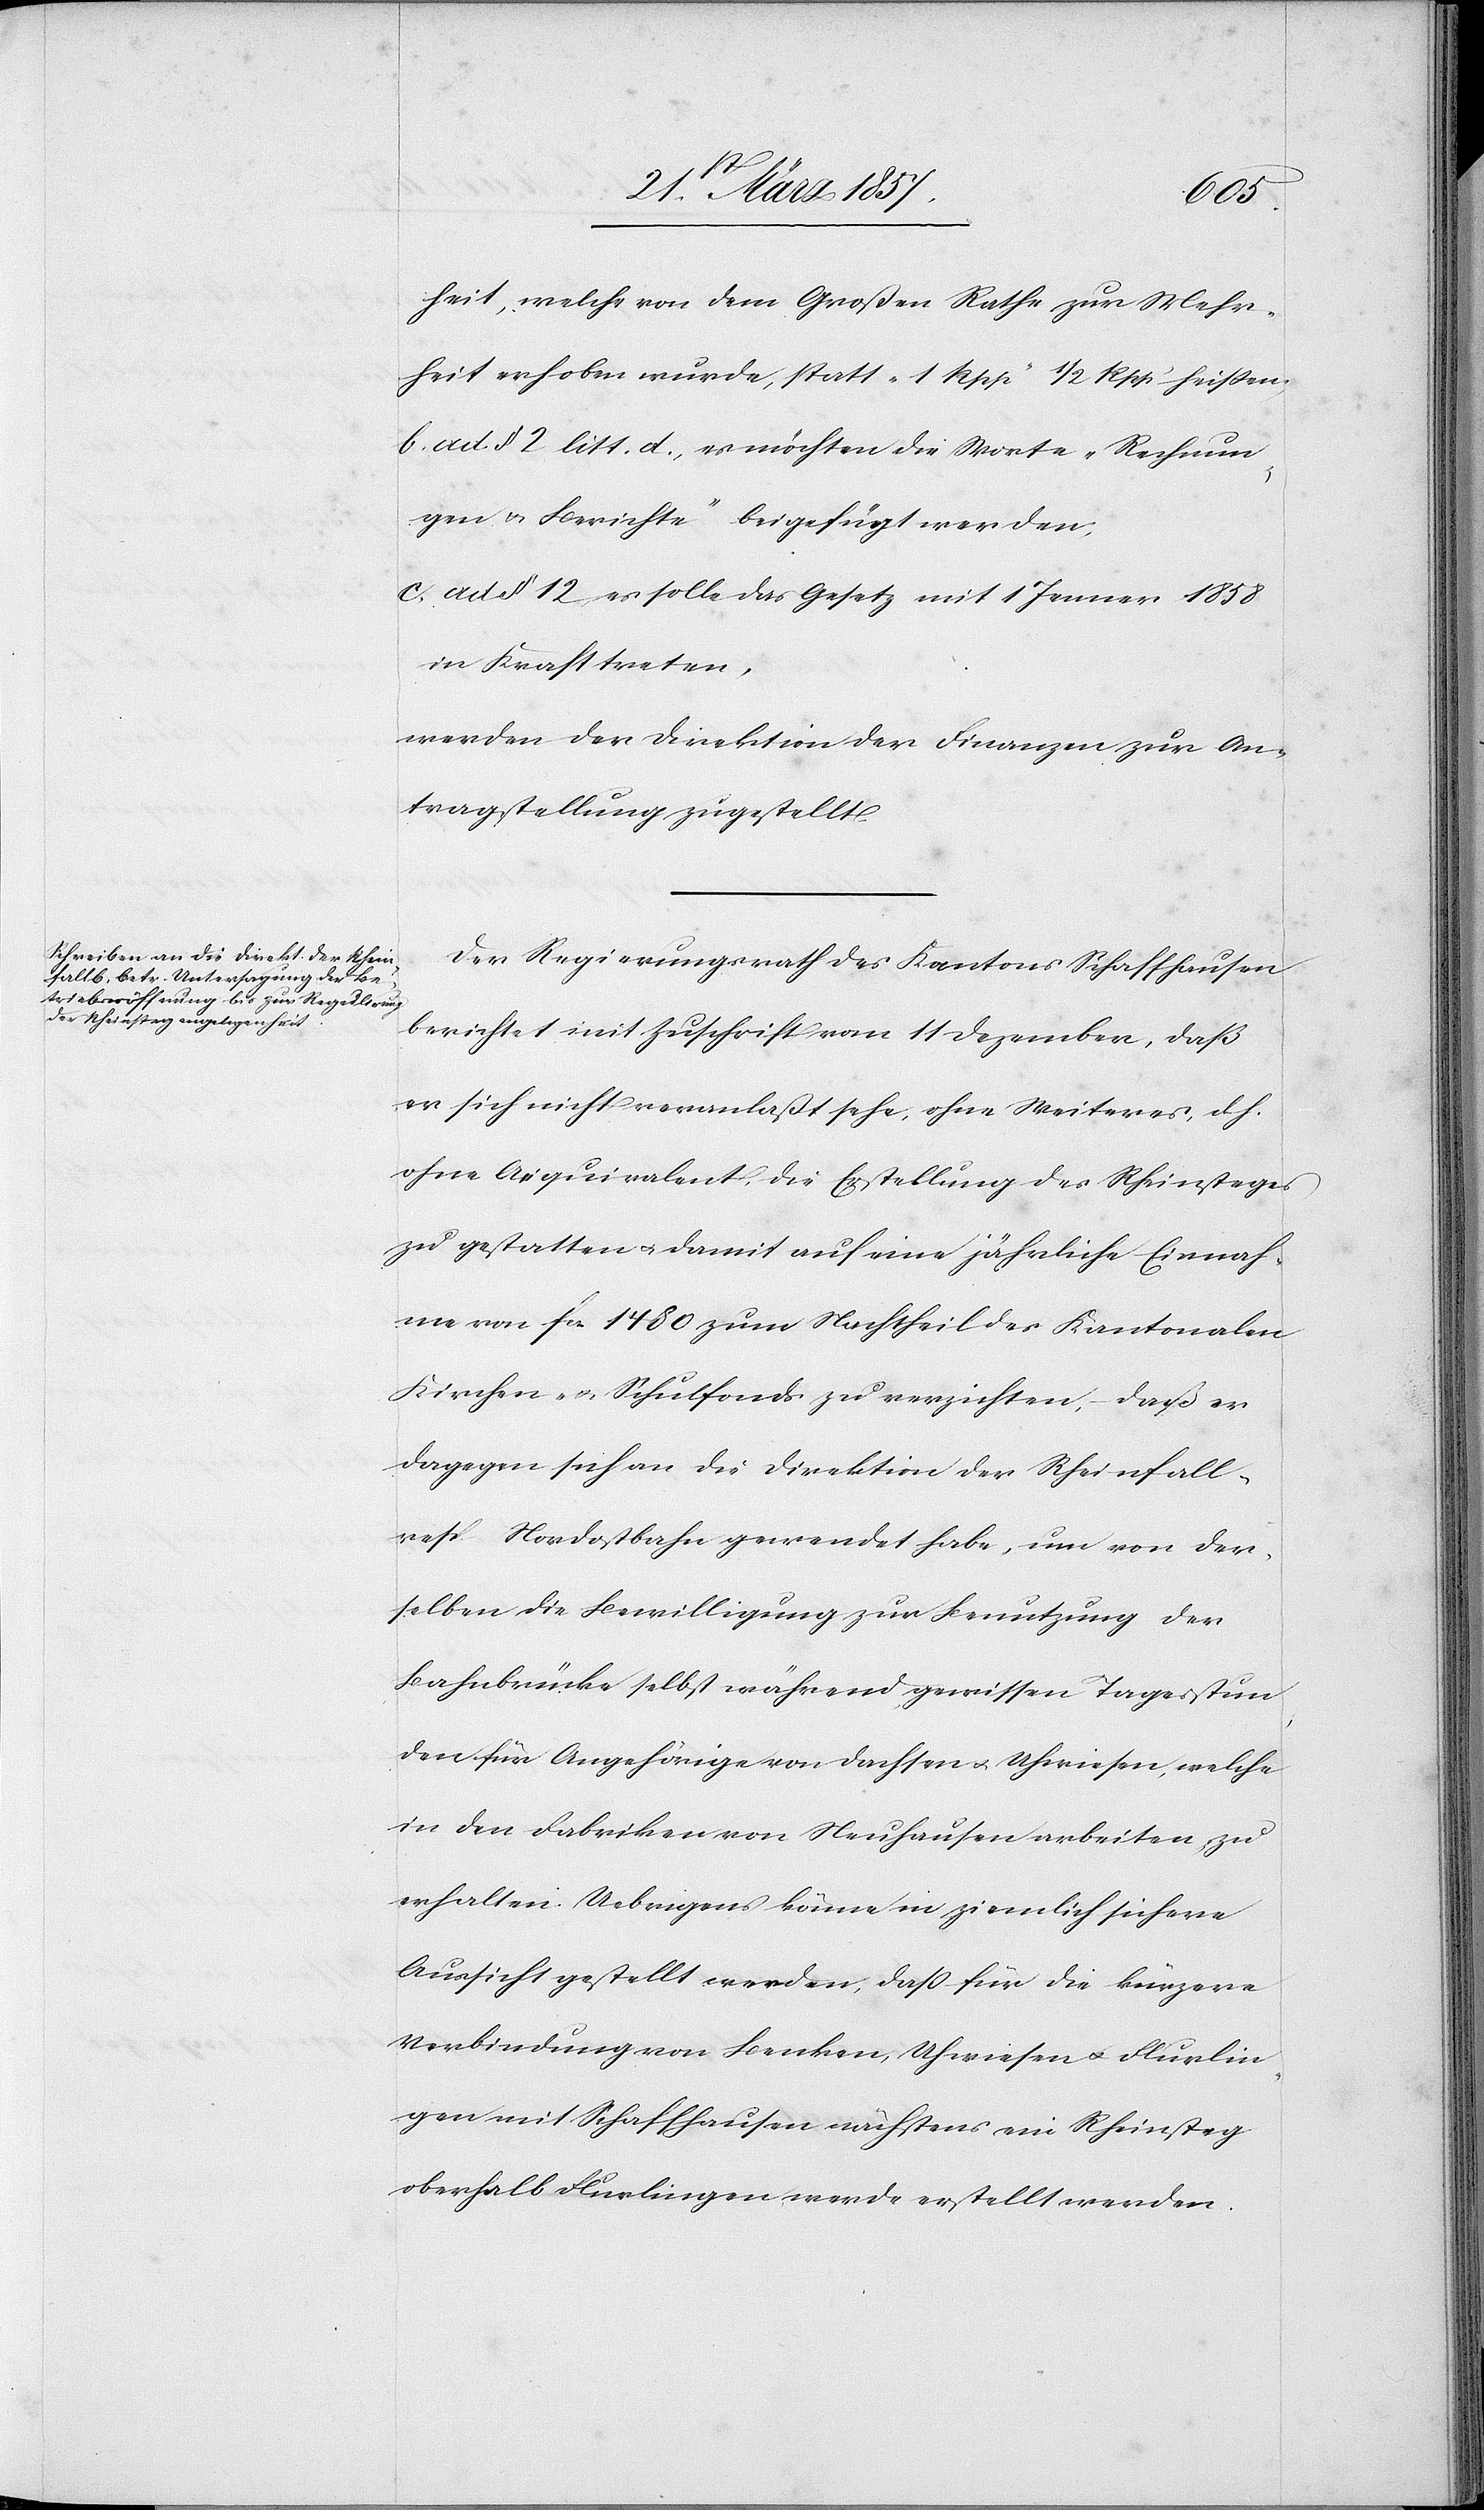
heit, welche von dem Großen Rathe zur Mehr¬
heit erhoben wurde, statt „1 Rpp“ ½ Rpp heißen.
b. ad. § 2 litt. d., es möchten die Worte „Rechnun¬
gen u. Berichte“ beigefügt werden;
c. ad § 12, es solle das Gesetz mit 1 Jenner 1858
in Kraft treten,
werden der Direktion der Finanzen zur An¬
tragstellung zugestellt.
Der Regierungsrath des Kantons Schaffhausen
berichtet mit Zuschrift vom 11 Dezember, daß
er sich nicht veranlaßt sehe, ohne Weiteres, d. h.
ohne Aequivalent, die Erstellung des Rheinsteges
zu gestatten u. damit auf eine jährliche Einnah¬
me von fr. 1480 zum Nachtheil des Kantonalen
Kirchen- u. Schulfonds zu verzichten, daß er
dagegen sich an die Direktion der Rheinfall-
resp. Nordostbahn gewendet habe, um von der¬
selben die Bewilligung zur Benutzung der
Bahnbrücke selbst während gewissen Tagesstun¬
den für Angehörige von Dachsen u. Uhwiesen, welche
in den Fabriken von Neuhausen arbeiten, zu
erhalten. Uebrigens könne in ziemlich sichere
Aussicht gestellt werden, daß für die kürzere
Verbindung von Benken, Uhwiesen u. Flurlin¬
gen mit Schaffhausen nächstens ein Rheinsteg
oberhalb Flurlingen werde erstellt werden.